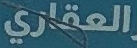
العقاري